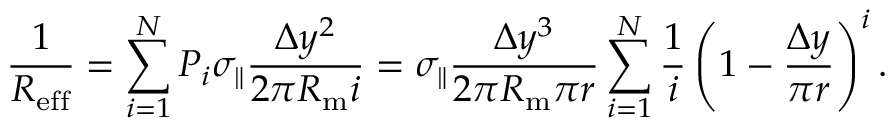
\frac { 1 } { R _ { \mathrm { e f f } } } = \sum _ { i = 1 } ^ { N } P _ { i } \sigma _ { \| } \frac { \Delta y ^ { 2 } } { 2 \pi R _ { \mathrm { m } } i } = \sigma _ { \| } \frac { \Delta y ^ { 3 } } { 2 \pi R _ { \mathrm { m } } \pi r } \sum _ { i = 1 } ^ { N } \frac { 1 } { i } \left( 1 - \frac { \Delta y } { \pi r } \right) ^ { i } .